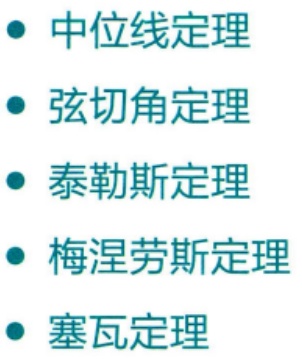
#NAME?